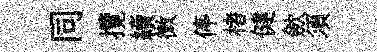
同攬續微停楮健歛須